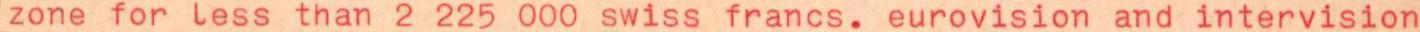
zone for less than 2 225 000 swiss francs. eurovision and intervision